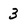
Character: 3